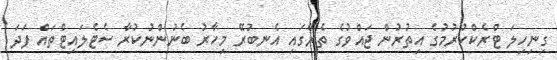
ގިނިހިލަ ޓްރެކްކުރުމުގެ އިތުރުން ޖައްވުގެ ތެރޭގައި އެނބުރޭ މިހާރު ބެނުންނުކުރާ ސެޓެލައިޓްތައް ފަދަ